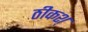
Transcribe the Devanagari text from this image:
ठीकश्